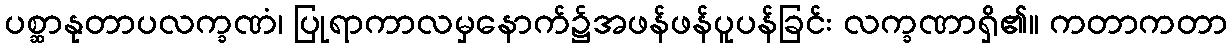
ပစ္ဆာနုတာပလက္ခဏံ၊ ပြုရာကာလမှနောက်၌အဖန်ဖန်ပူပန်ခြင်း လက္ခဏာရှိ၏။ ကတာကတာ